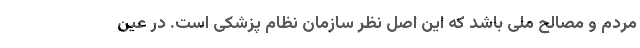
مردم و مصالح ملی باشد که این اصل نظر سازمان نظام پزشکی است. در عین